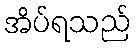
အိပ်ရသည်